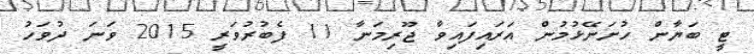
ޓީ ބަޔާން ހުށަނޭޅުމުން އަރައިފައިވާ ޖޫރިމަނާ 11 ފެބުރުވަރީ 2015 ވަނަ ދުވަހު